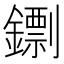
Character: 𨭚